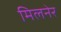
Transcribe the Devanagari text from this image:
मिलनेर